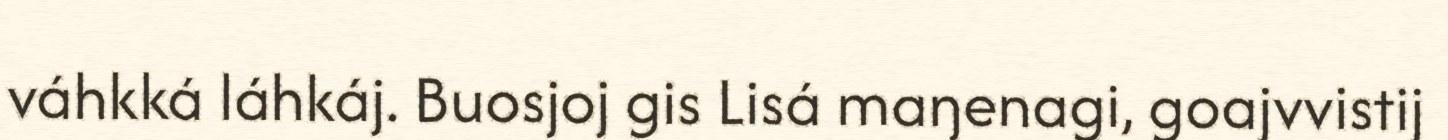
váhkká láhkáj. Buosjoj gis Lisá maŋenagi, goajvvistij